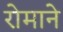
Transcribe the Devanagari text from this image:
रोमाने